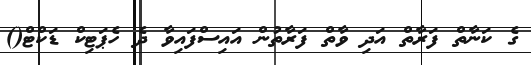
ގެ ކަނާތް ފަރާތް އަދި ވާތް ފަރާތުން އައިސްފައިވާ ދެ ހެޕަޓިކް ޑަކްޓް()